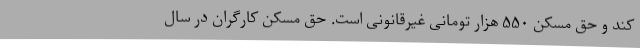
کند و حق مسکن ۵۵۰ هزار تومانی غیرقانونی است. حق مسکن کارگران در سال